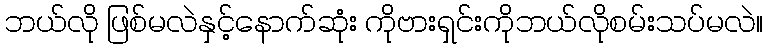
ဘယ်လို ဖြစ်မလဲနှင့်နောက်ဆုံး ကိုဗားရှင်းကိုဘယ်လိုစမ်းသပ်မလဲ။